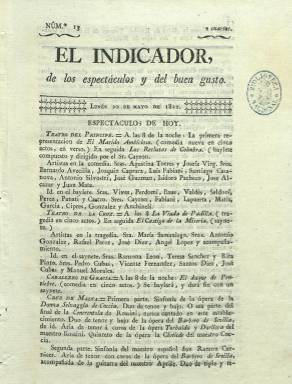
Título: El Indicador de los espectáculos y del buen gusto
Otros títulos: Título: Indicador de las novedades, de los espectáculos y de las artes, 11. sept.-18 nov. 1822 || Título: Indicador, 19 nov. 1822-
Colección: Espectáculos
Ámbito geográfico: Madrid
Lugar de publicación: Madrid
Fechas: 20/05/1822-31/12/1822

A pesar de que la mayoría exaltada había ganado las elecciones del 22 de octubre de 1821 (Riego, Alcalá Galiano, Istúriz, Bertrán de Lis y Duque de Rivas), el 28 de febrero de 1822 el rey ofreció la formación de gobierno al liberal moderado Francisco Martínez de la Rosa (1787-1862), y a partir del ocho de mayo de ese año comenzará a publicarse este diario madrileño, dedicado exclusivamente al mundo de los espectáculos, para convertirse a los pocos meses en un periódico de marcado carácter político del liberalismo exaltado, y, finalmente, portavoz de la comunera Sociedad Patriótica Landaburiana.

En sus entregas de cuatro páginas, compuestas a una columna y estampadas en la Imprenta de la Minerva Española, a cargo de don J. Fernández, comenzó anunciando las representaciones de los teatros del Príncipe, de la Cruz o de Caballero de Gracia, así como de los conciertos musicales en el café de La Cruz de Malta o los bailes de máscaras, además de ofrecer noticias, críticas y crónicas de sociedad del mundo artístico. Sus secciones comenzaron siendo Espectáculos de hoy (cartelera), Variedades, Espectáculos de ayer y de hoy y Noticias teatrales.

Con la sublevación absolutista de la Guardia Real en el verano de 1822 en Madrid, sin dejar abandonada la sección dedicada a la cartelera de espectáculos madrileña, el diario empezará a ofrecer las noticias políticas y militares que se van produciendo, así como otras del extranjero, y tras la formación de un nuevo gobierno el cinco de agosto, presidido por Evaristo Fernández de San Miguel (1785-1862), a partir del número 117, correspondiente al uno de septiembre, el diario modifica el título a: El Indicador de las novedades, de los espectáculos y de las artes, incluyendo la leyenda “lo útil y lo agradable” bajo su cabecera, y con el pie Imprenta del Indicador, calle de Atocha, R.J. Fernández. Amplía su formato y sus páginas serán compuestas a partir de ahora a dos columnas, comenzando su etapa decididamente de carácter político, ensanchando sus contenidos con artículos doctrinales, polemizando con otros periódicos y convirtiéndose en un periódico combativo, además de enriquecer sus secciones literarias y artísticas (Gómez Aparicio: 1967).

Según Hartzenbusch (1894), el diario estaba dirigido por el camaleónico periodista y dramaturgo como José María Carnerero (1784-1866); y, además de éste, serán sus redactores o colaboradores el también escritor y periodista José Joaquín de Mora (1783-1864), quien firmará como J.J. de M., así como el poeta satírico y médico Manuel Casal y Aguado (1751-1837), conocido por el seudónimo Lucas Alemán y Aguado, autor quizá de algunas de sus letrillas, anagramas o epigramas en verso. Invitado por Carnerero a colaborar en el diario, un entonces joven Ramón Mesonero Romanos (1803-1882) iniciará en este diario su carrera periodística. Incluirá algún artículo de costumbres, firmado bajo el seudónimo El Viejo Panzudo. Bajo las siglas B.V. son firmadas sus crónicas de las Cortes. También inserta textos de economía política y cartas de los lectores.

A partir del número 199, correspondiente al 19 de noviembre de 1822, comienza su tercera etapa, al reducir su título a El Indicador, siendo ya un diario que publica los extractos de la Sociedad Patriótica Landaburiana, constituida el 25 de octubre bajo la presidencia del diputado jacobino Juan Romero Alpuente (1762-1835), cuyo nombre había adoptado como homenaje póstumo al teniente liberal de la Guardia Real Marmeto Landáburu (1791-1722), que había sido asesinado por sus propios soldados el 30 de junio en Madrid.

Durante el Trienio Liberal (1820-1823) se había propagado por toda España la sociedad secreta de los Comuneros o Hijos de Padilla, de carácter revolucionario y enemiga del clericalismo, que usó como distintivo las cintas de color morado y llegó a contar con una rama femenina, agrupando a más de cuatro mil seguidores. Contó como principales periódicos con El Eco de Padilla (1821) y sobre todo con El Indicador, ambos dirigidos por el citado Carnerero, expatriado durante el anterior periodo absolutista, y con El Zurriago (1821-1823), así como con decenas de otros títulos del mismo carácter exaltado en numerosas ciudades españoles, como fue el gaditano El Gorro frigio.

La colección de este título en la Biblioteca Nacional de España acaba con el número 241, correspondiente al 31 de diciembre de 1822, y la página 1.014 (su foliación fue continuada). Hartzenbusch dice que haber visto un último número (265) de El Indicador, correspondiente al 24 de enero de 1823. María Cruz Seoane (1983) indica que a primeros de este año fue continuado por El Patriota español.